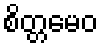
စိတ္တမေဝ